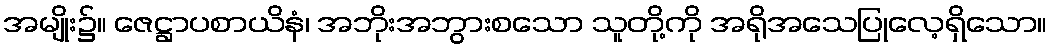
အမျိုး၌။ ဇေဋ္ဌာပစာယိနံ၊ အဘိုးအဘွားစသော သူတို့ကို အရိုအသေပြုလေ့ရှိသော။